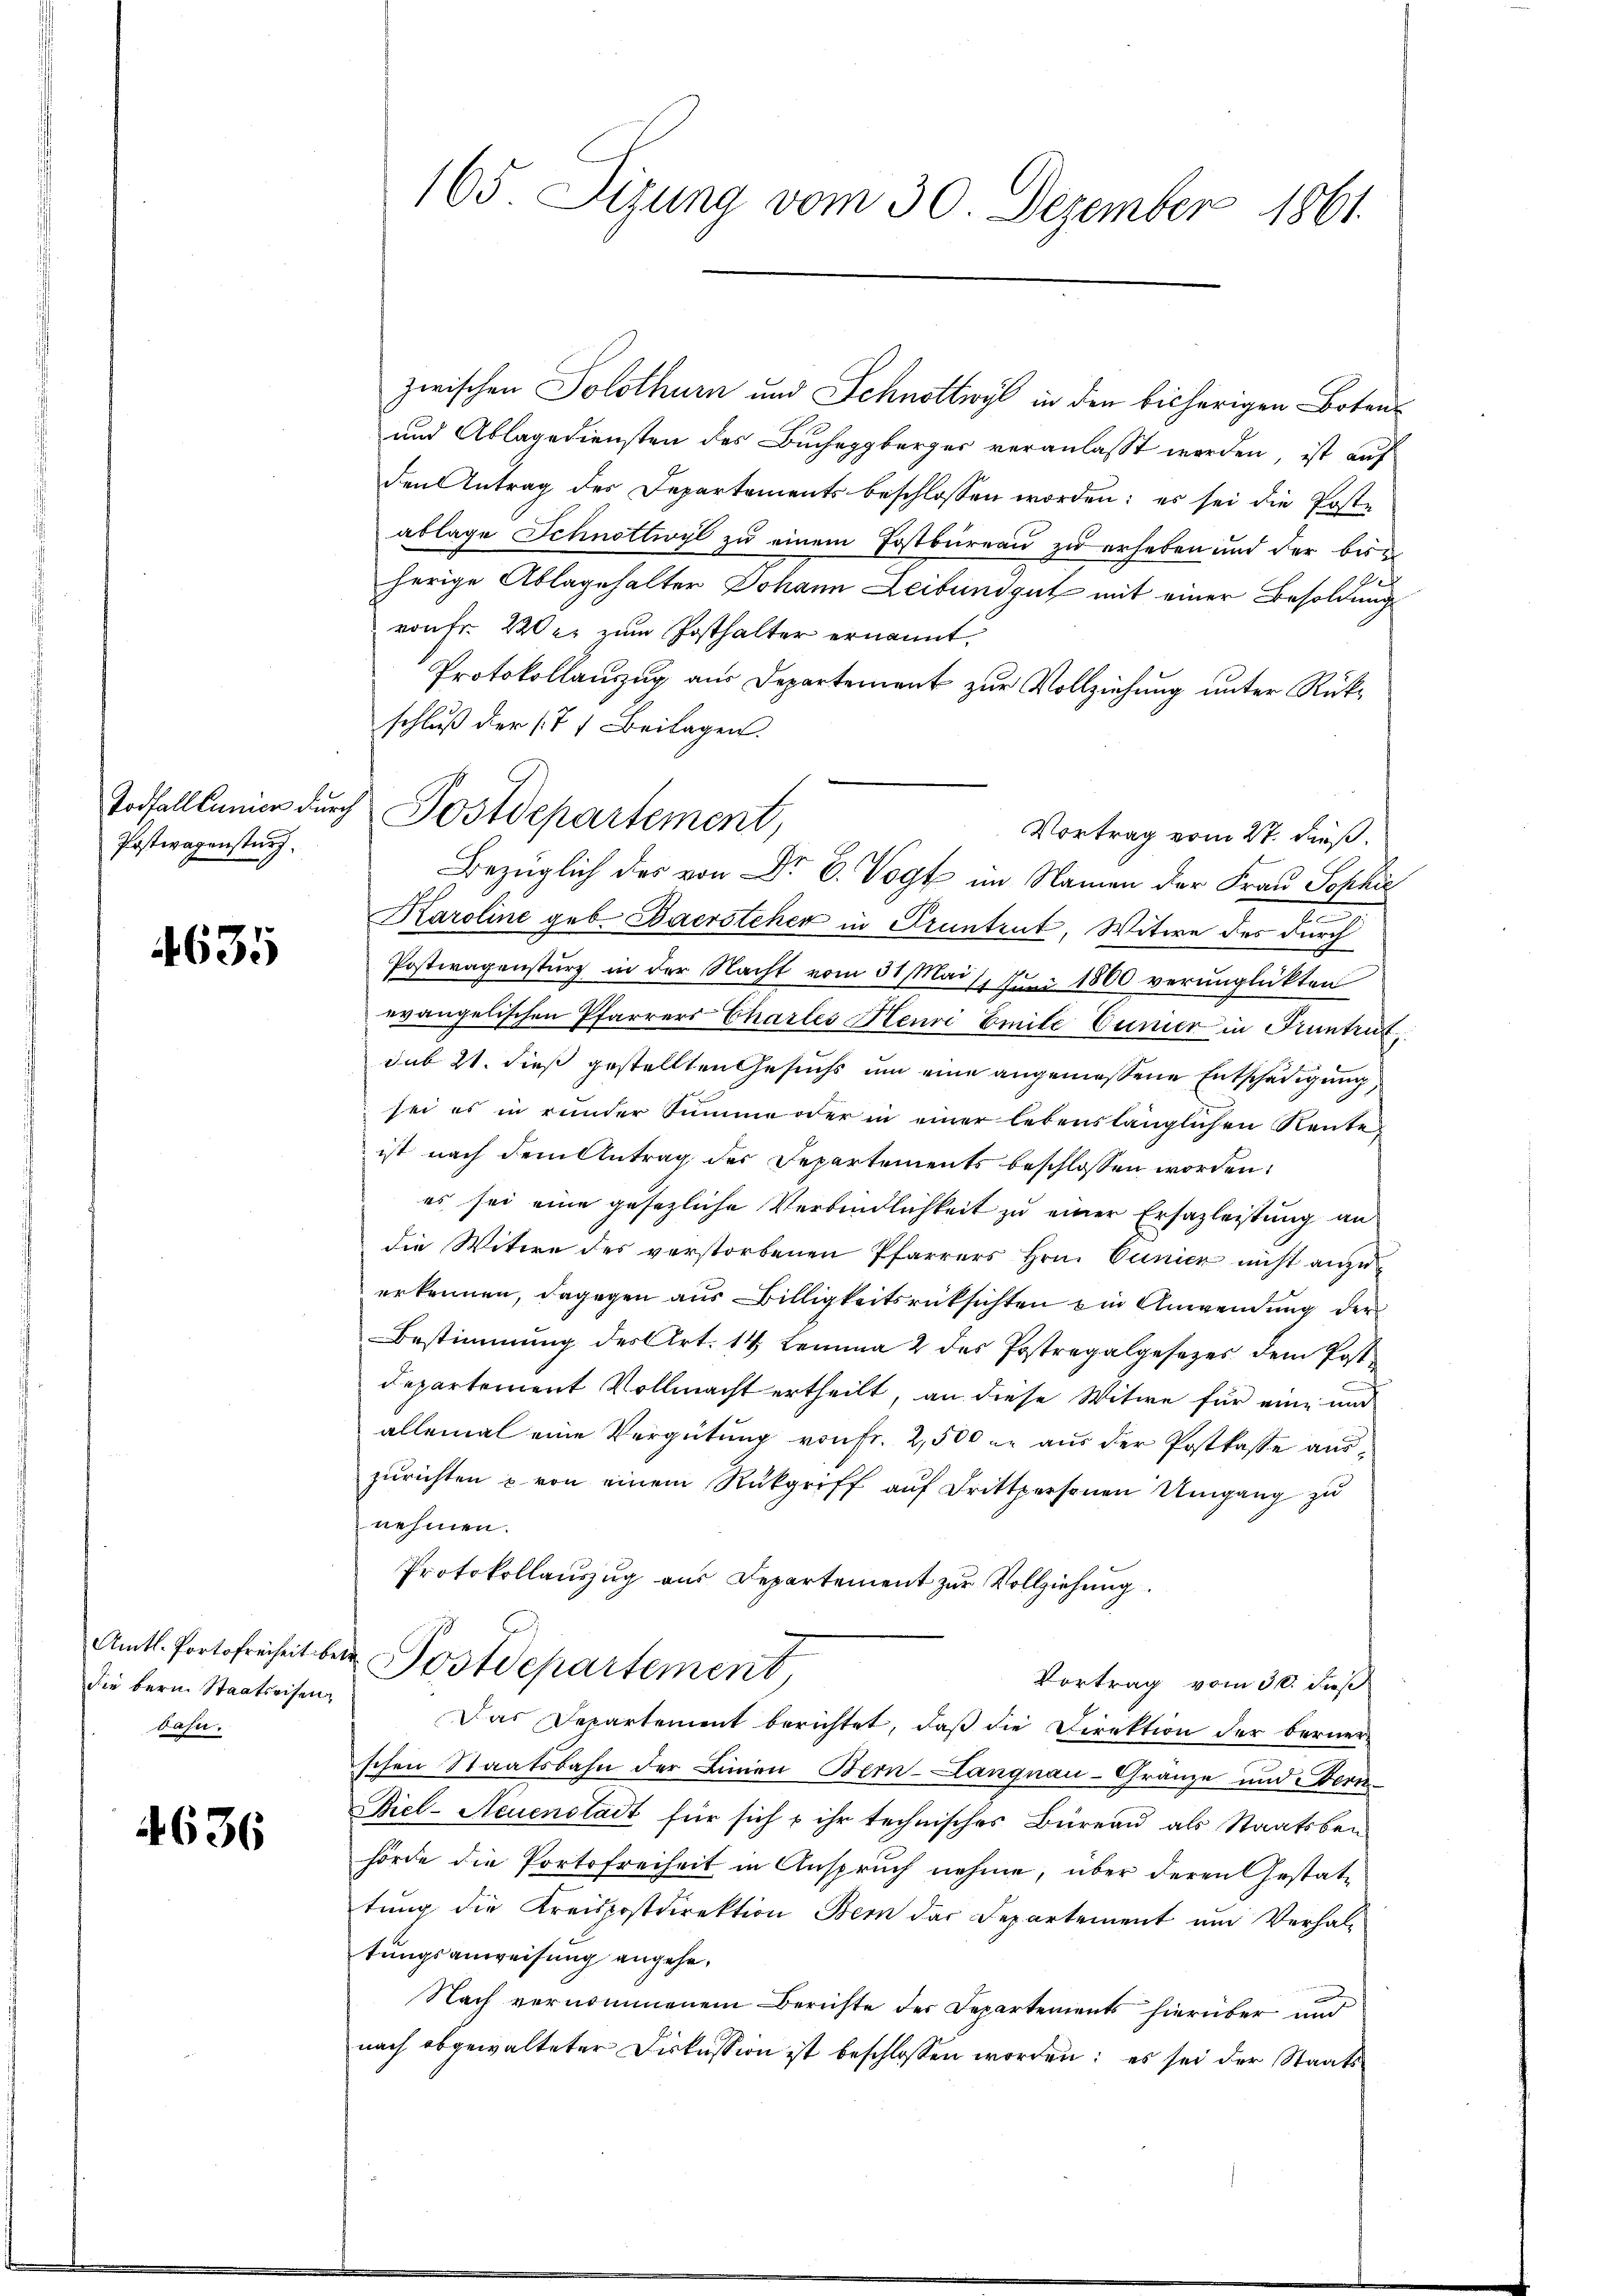
Postwagensturz

4635

die bern Staatseisen.
dahn.

4636

165 Sizung vom 30. Dezember 1861.

zwischen Solothurn und Schnottwyl in den bisherigen Botens
und Ablagediensten des Bucheggberger veranlasst worden, ist auf
den Antrag des Departements beschlossen worden; es sei die Poste
ablage Schnottwyl zu einem Postbureau zu erheben und der besc
herige Ablagehalter Johann Leibundgut mit einer Besoldung
von Fr. 220 er zum Posthalter ernannt,
Protokollauszug aus Departement zur Vollziehung unter Rückschluß der (7 7 Beilagen.
Vortrag vom 27. dieß.
Bezüglich des von Dr E. Vogt im Namen der Frau Sophi
Karoline geb. Baersteher in Pruntrut, Witwe des durch
Postwagensturz in der Nacht vom 31. Mai l. Juni 1800 verunglückten
evangelischen Pfarrers Chartes Henri Emile Einer in Frantent
sub 21. dieß gestellten Gesuchs um eine angemessene Entschädigung,
sei es in runder Summe oder in einer lebenslänglichen Rente
ist nach dem Antrag des Departements beschlossen worden.
es sei eine gesezliche Verbindlichkeit zu einer Ersazleistung an
die Witwe des verstorbenen Pfarrers Hrn. Cunier nicht anzuerkennen, dagegen aus Billigkeitsrücksichten ein Anwendung der
Bestimmung des Art. 14 Lemma 2 des Postregalgesezes dem Post¬
Departement Vollmacht ertheilt, an diese Witwe für eine un
allemal eine Vergütung von Fr. 2,500 er aus der Postkasse auszŭrichten u. von einem Rückgriff aŭf drittpersonen Umgang zu
nehmen.
Protokollauszug aus Departement zur Vollziehung
Amtl. Fortofreiheit beim Postdepartement
Vortrag vom 30. dieß
Das Departement berichtet, daß die Direktion der bernerschen Staatsbahn der Linien Bern-Langnau-Granze und Stern-
Biel-Neuenstadt für sich & ihr technisches Büreau als Staatsbei
hörde die Portofreiheit in Anspruch nehme, über deren Gestattung die Kreispostdirektion Bern das Separtement um Verhaltungsanweisung angehe,
Nach vernommenem Berichte der Departements hierüber und
nach abgewalteter Diskussion ist beschlossen worden: es sei der Staats-

Todfallsumier durch Postdepartement,